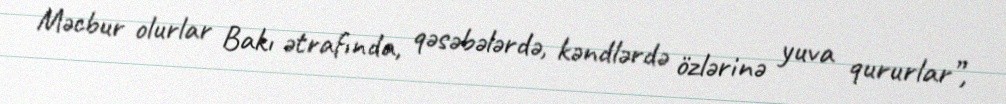
Məcbur olurlar Bakı ətrafında, qəsəbələrdə, kəndlərdə özlərinə yuva qururlar”,